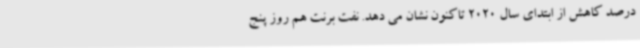
درصد کاهش از ابتدای سال 2020 تاکنون نشان می دهد. نفت برنت هم روز پنج